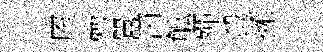
厔勅囂洒觚殫殺擁